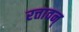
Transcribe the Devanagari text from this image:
रत्तावन्